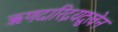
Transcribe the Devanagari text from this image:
ऋणदारिद्रयदुःखेन